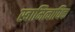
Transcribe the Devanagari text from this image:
स्वामित्वाधिक